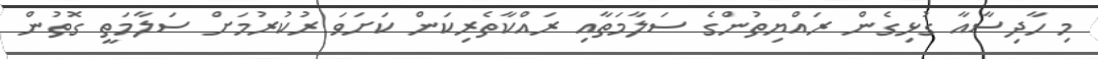
މި ހާދިސާއާ ގުޅިގެން ރައްޔިތުންގެ ސަލާމަތާއި ރައްކާތެރިކަން ކަށަވަ ރުކުރުމަށް ސަލާމަތީ ގޮތުން